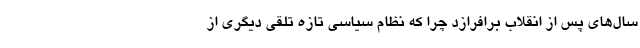
سال‌های پس از انقلاب برافرازد چرا که نظام سیاسی تازه تلقی دیگری از